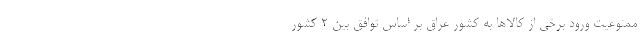
ممنوعیت ورود برخی از کالاها به کشور عراق بر اساس توافق بین ۲ کشور